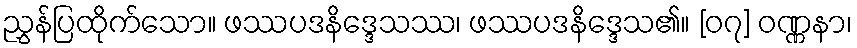
ညွှန်ပြထိုက်သော။ ဖဿပဒနိဒ္ဒေသဿ၊ ဖဿပဒနိဒ္ဒေသ၏။ [၀၇] ဝဏ္ဏနာ၊